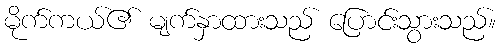
မိုက်ကယ်၏ မျက်နှာထားသည် ပြောင်းသွားသည်။